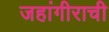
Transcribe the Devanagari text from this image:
जहांगीराची